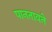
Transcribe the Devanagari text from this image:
पानतावने